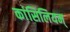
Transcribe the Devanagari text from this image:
कांसिलियम्